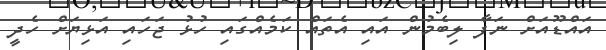
އައްޑޫއަށް ނަފާ ލިބެމުން އައި އެތައް ކަމެއްގައި ހުޅު ޖަހައި އަޅިޔަށް ހެދީ